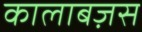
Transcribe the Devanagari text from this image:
कालाबज़स